Annual report of the Imperial Bacteriologist
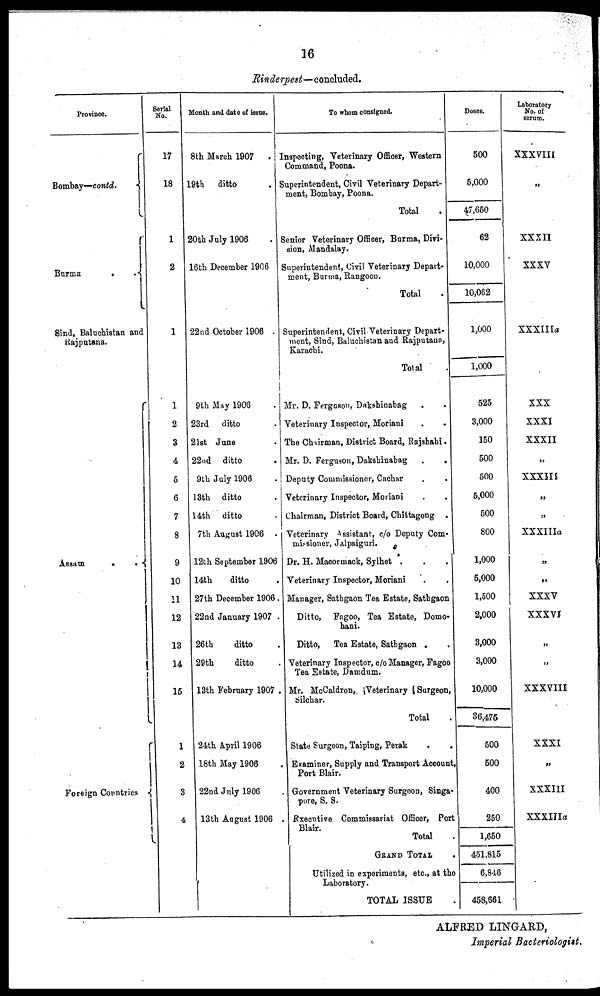
16
Rinderpest—concluded.
Province.
Bombay—contd. {
Burma
.
.{
Sind, Baluchistan and
Rajputana.
Assam
.
.
{
Foreign Countries {
Serial
No.
17
18
1
2
1
1
2
3
4
5
6
7
8
9
10
11
12
13
14
15
1
2
3
4
Month and date of issue.
8th March 1907
.
19th ditto .
20th July 1906 .
16th December 1906
22nd October 1906 .
9th May 1906 .
23rd ditto .
21st June .
22nd ditto .
9th July 1906 .
13th ditto .
14th ditto .
7th August 1906 .
12th September 1906
14th
ditto .
27th December 1906.
22nd January 1907 .
26th
ditto .
29th
ditto .
13th February 1907 .
24th April 1906 .
18th May 1906 .
22nd July 1906 .
13th August 1906 .
To whom consigned.
Inspecting, Veterinary Officer, Western
Command, Poona.
Superintendent, Civil Veterinary Depart-
ment, Bombay, Poona.
Total .
Senior Veterinary Officer, Burma, Divi-
sion, Mandalay.
Superintendent, Civil Veterinary Depart¬
ment, Burma, Rangoon.
Total .
Superintendent, Civil Veterinary Depart-
ment, Sind, Baluchistan and Rajputana,
Karachi.
Total .
Mr. D. Fergason, Dakshinabag
.
.
Veterinary Inspector, Moriani . .
The Chairman, District Board, Rajshahi.
Mr. D. Ferguson, Dakshinabag
.
.
Deputy Commissioner, Cachar
.
.
Veterinary Inspector, Moriani
Chairman, District Board, Chittagong .
Veterinary Assistant, c/o Deputy Com-
missioner, Jalpaiguri.
Dr. H. Maoormack, Sylhet .
Veterinary Inspector, Moriani
Manager, Sathgaon Tea Estate, Sathgaon
Ditto, Fagoo, Tea Estate, Domo-
hani.
Ditto, Tea Estate, Sathgaon . .
Veterinary Inspector, c/o Manager, Fagoo
Tea Estate, Damdum.
Mr. McCaldron, Veterinary Surgeon,
Silchar.
Total .
State Surgeon, Taiping, Perak
.
.
Examiner, Supply and Transport Account
Port Blair.
Government Veterinary Surgeon, Singa-
pore, S. S.
Executive Commissariat Officer, Port
Blair.
Total .
GRAND TOTAL .
Utilized in experiments, etc, at the
Laboratory.
TOTAL ISSUE
Doses.
500
5,000
47,650
62
10,000
10,062
1,000
1,000
525
3,000
150
500
500
5,000
500
800
1,000
5,000
1,500
2,000
3,000
3,000
10,000
36,475
500
500
400
250
1,650
451,815
6,846
458,661
Laboratory
No. of
serum.
XXXVIII
„
XXXII
XXXV
XXXIIIa
XXX
XXXI
XXXII
„
XXXIII
„
„
XXXIIIa
„
„
XXXV
XXXVI
„
„
XXXVIII
XXXI
„
XXXIII
XXXIIIa
ALFRED LINGARD,
Imperial Bacteriologist.